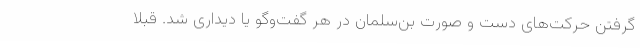
گرفتن حرکت‌های دست و صورت بن‌سلمان در هر گفت‌وگو یا دیداری شد. قبلا